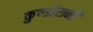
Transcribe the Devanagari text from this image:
कुण्‍डोरानी